Mental hospitals Bombay report 1929-33 - 1929-1933
Year: 1929
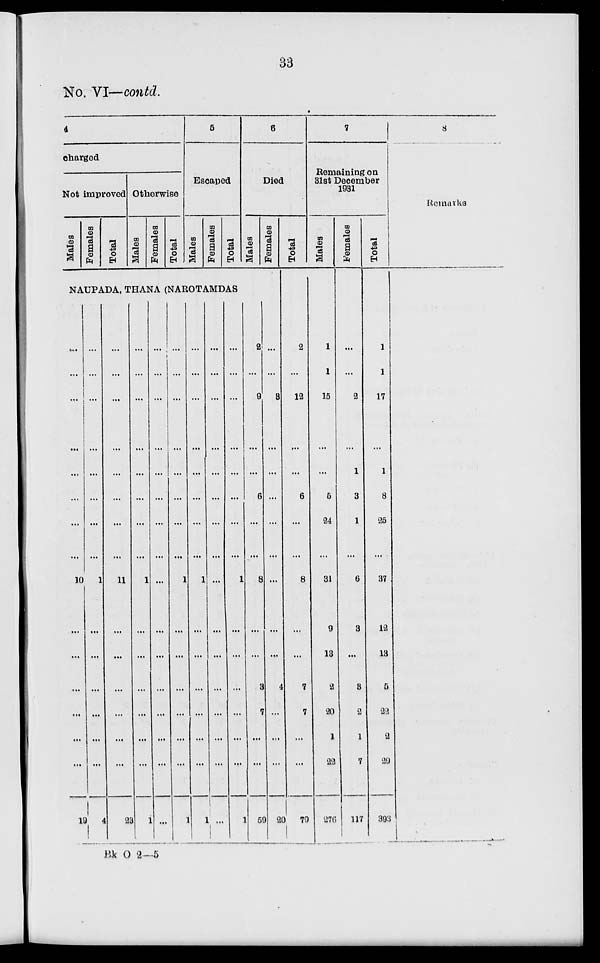
33
No. VI— contd.
4
charged
Not improved
Males
Females
Total
Otherwise
Males
Females
Total
5
Escaped
Males
Females
Total
6
Died
Males
Females
NAUPADA, THANA (NAROTAMDAS
...
...
...
...
...
...
...
...
10
...
...
...
...
...
...
19
...
...
...
...
...
...
...
...
1
...
...
...
...
...
...
4
...
...
...
...
...
...
...
...
11
...
...
...
...
...
...
23
...
...
...
...
...
...
...
...
1
...
...
...
...
...
...
1
...
...
...
...
...
...
...
...
...
...
...
...
...
...
...
...
...
...
...
...
...
...
...
...
1
...
...
...
...
...
...
1
...
...
...
...
...
...
...
...
1
...
...
...
...
...
...
1
...
...
...
...
...
...
...
...
...
...
...
...
...
...
...
...
...
...
...
...
...
...
...
...
1
...
...
...
...
...
...
1
2
...
9
...
...
6
...
...
8
...
...
3
7
...
...
59
...
...
8
...
...
...
...
...
...
...
...
4
...
...
...
20
Total
2
...
12
...
...
6
...
...
8
...
...
7
7
...
...
79
7
Remaining on
31st December
1931
Males
1
1
15
...
...
5
24
...
31
9
13
2
20
1
22
276
Females
...
...
2
...
1
3
1
...
6
3
...
3
2
1
7
117
Total
1
1
17
...
1
8
25
...
37
12
13
5
22
2
29
393
8
Remarks
Bk O 2—5